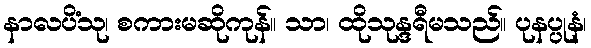
နာလပိံသု၊ စကားမဆိုကုန်။ သာ၊ ထိုသုန္ဒရီမသည်။ ပုနပ္ပုနံ၊